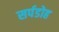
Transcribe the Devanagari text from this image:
सर्पडोह